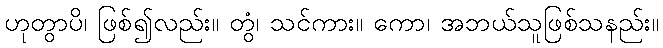
ဟုတွာပိ၊ ဖြစ်၍လည်း။ တွံ၊ သင်ကား။ ကော၊ အဘယ်သူဖြစ်သနည်း။